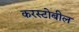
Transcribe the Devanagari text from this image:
करस्टोबील